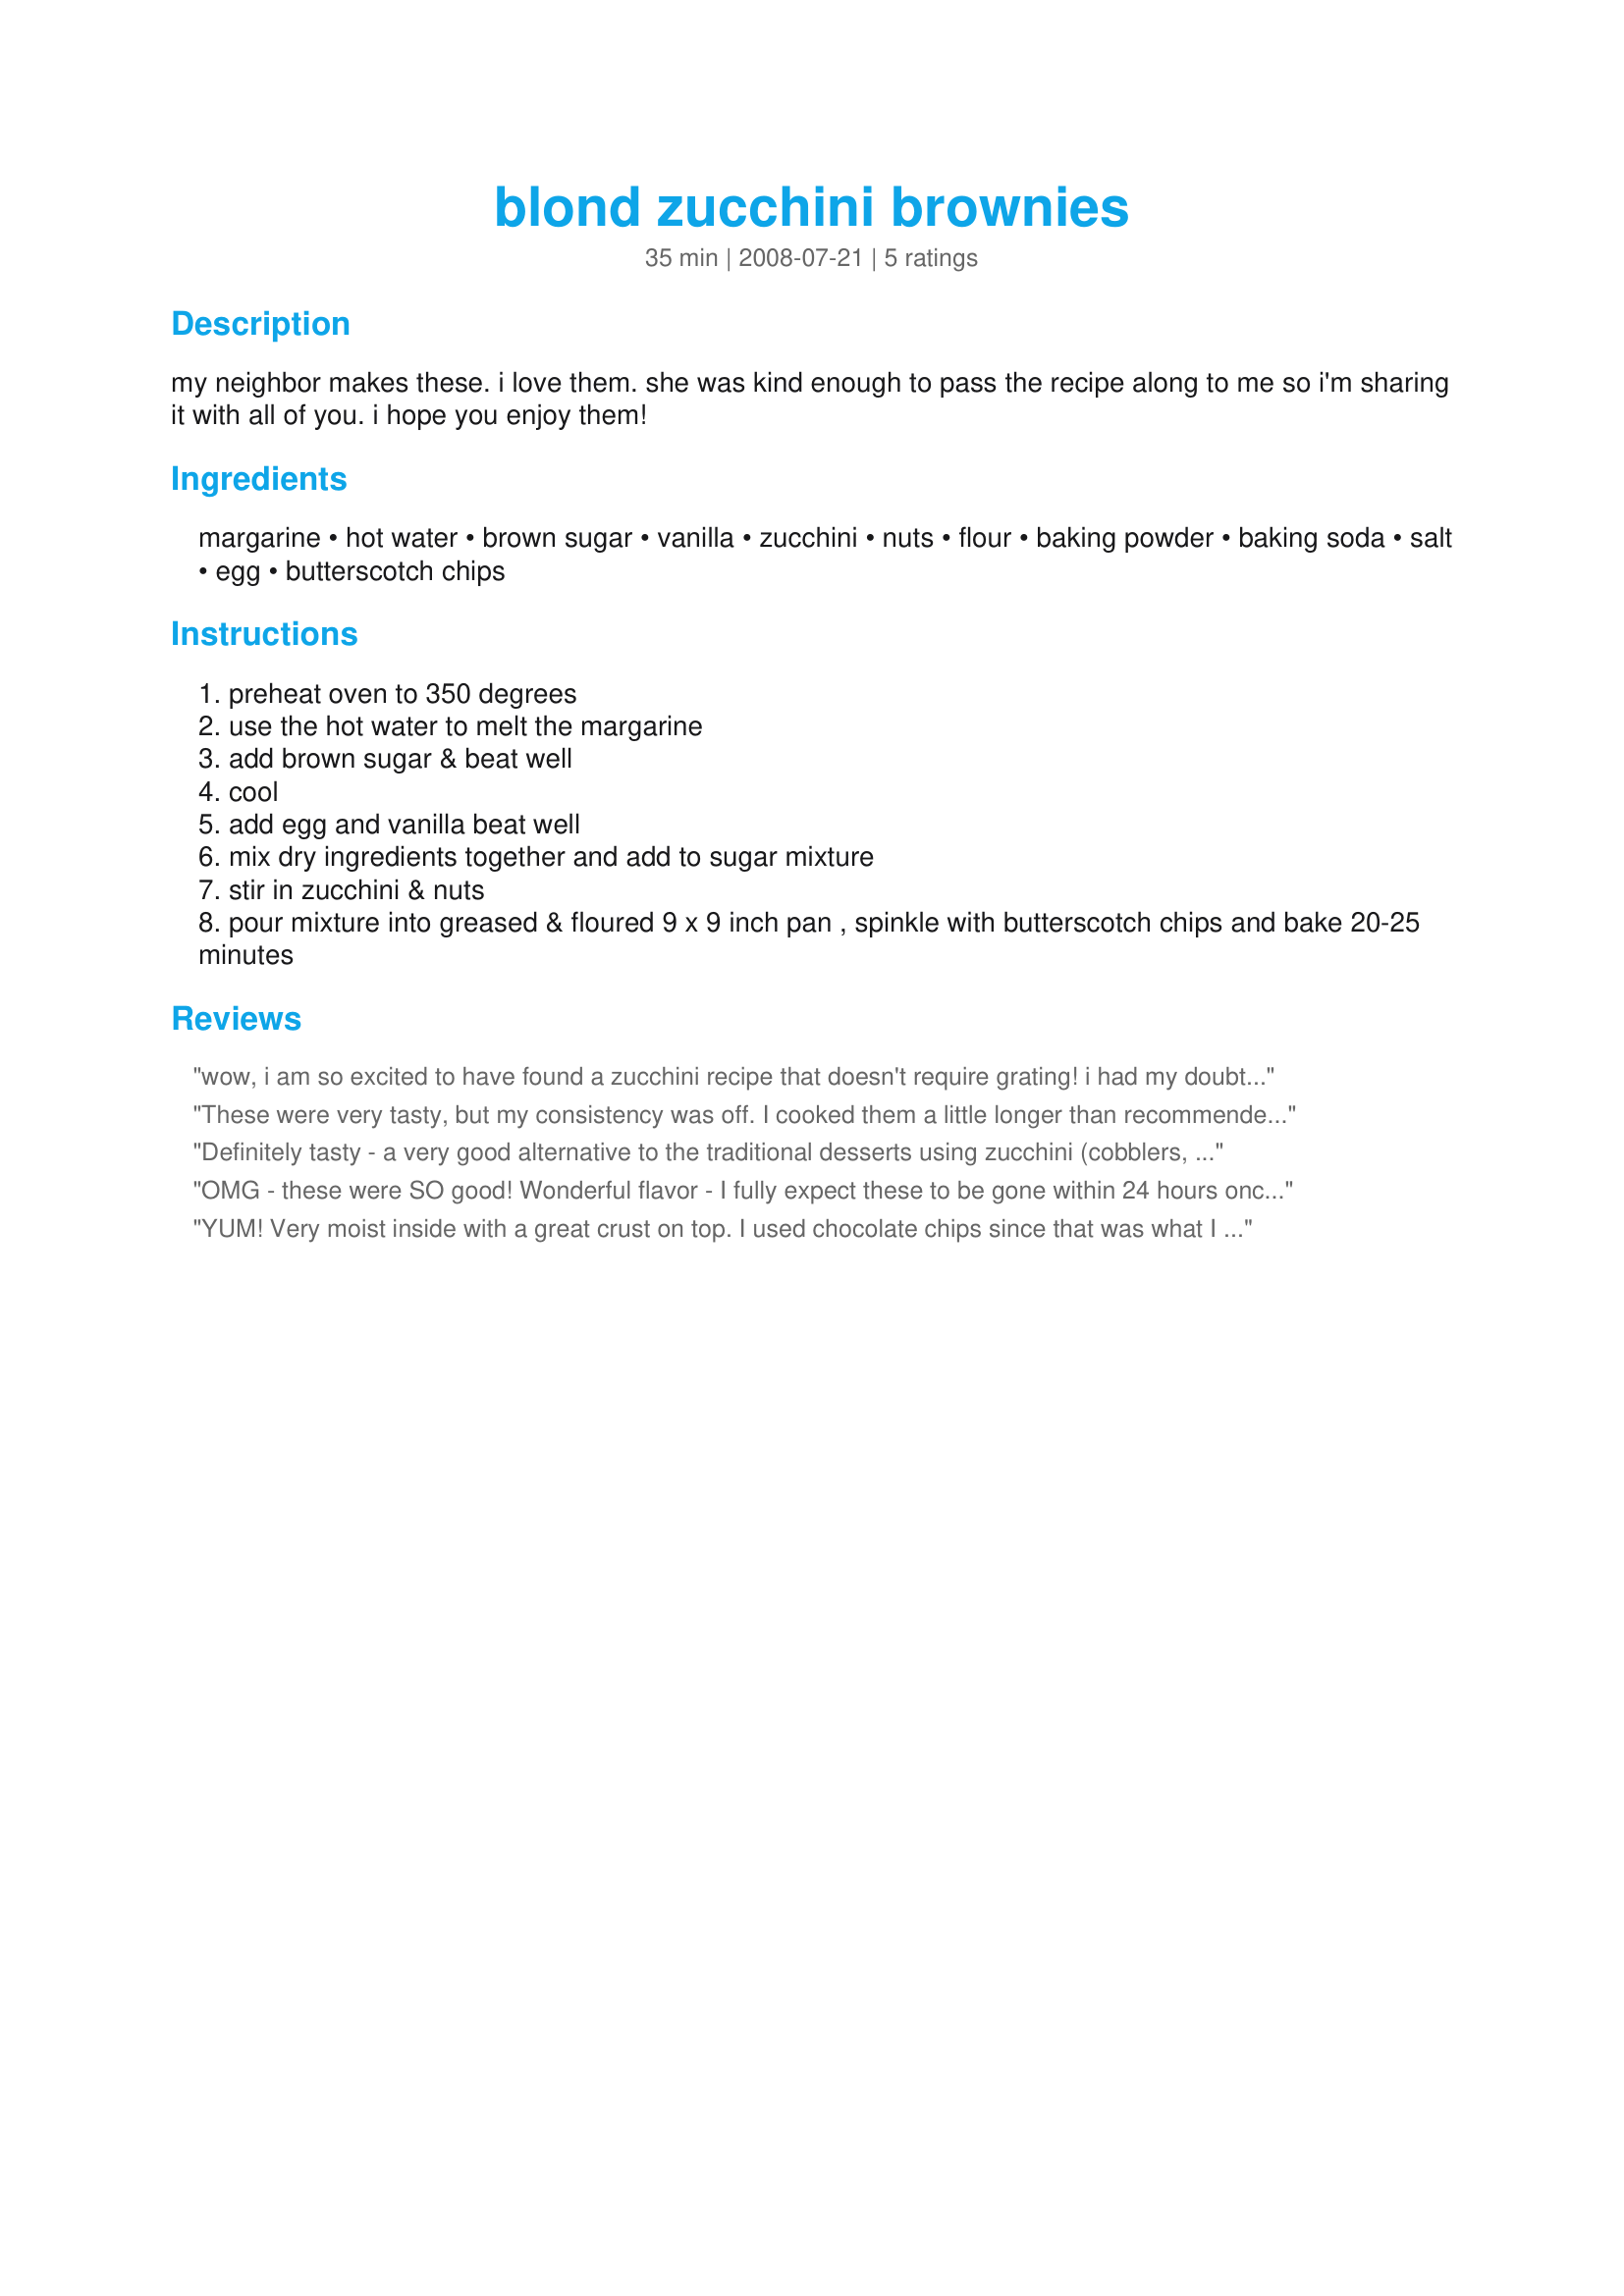
blond zucchini brownies
Preparation time: 35 minutes

my neighbor makes these. i love them. she was kind enough to pass the recipe along to me so i'm sharing it with all of you. i hope you enjoy them!

Ingredients:
margarine, hot water, brown sugar, vanilla, zucchini, nuts, flour, baking powder, baking soda, salt, egg, butterscotch chips

Steps:
preheat oven to 350 degrees
use the hot water to melt the margarine
add brown sugar & beat well
cool
add egg and vanilla beat well
mix dry ingredients together and add to sugar mixture
stir in zucchini & nuts
pour mixture into greased & floured 9 x 9 inch pan , spinkle with butterscotch chips and bake 20-25 minutes

Reviews:
wow, i am so excited to have found a zucchini recipe that doesn't require grating! i had my doubts about leaving it in chunks, but they melt into wonderful moist cookie-flavored bits--divine! i used 1/4 c smart balance, 3/4 c brown sugar (and i wouldn't want more--they are very sweet). Also, inspired by my Halloween treat bowl I used the following add-ins: 1 T chopped walnuts, 1 T mini-chocolate chips, and 5 mini Heath bars pounded small (just shy of 1/4 c). YUM. Thanks so much for posting!
These were very tasty, but my consistency was off. I cooked them a little longer than recommended, but they never completely firmed up. They stayed gooey, which I personally like, so I just ate them with a fork. Also, I did not seed or peel the zucchini, just diced it up. I definitely recommend that - no reason to spend time peeling and seeding.
Definitely tasty - a very good alternative to the traditional desserts using zucchini (cobblers, brownies). It was a nice change of pace and came together very quickly since I didn't need to shred the zucchini. It came out more cake-like than I was expecting, but this could have been due to the type of spread I used (Smart Balance) instead of regular margarine. I did not have any butterscotch chips, so I used chocolate chips with toffee in them. I will use butterscotch next time I make these.
OMG - these were SO good! Wonderful flavor - I fully expect these to be gone within 24 hours once my kids taste them! I used white chocolate chips since we don't buy butterscotch and I think that may have brought these over the top. I'd already had shredded zucchini, so I used that rather than the chunks. Just amazing - definitely a keeper!
YUM! Very moist inside with a great crust on top. I used chocolate chips since that was what I had in the house, and I added a little bit cinnamon and nutmeg. Thanks for posting this recipe.
